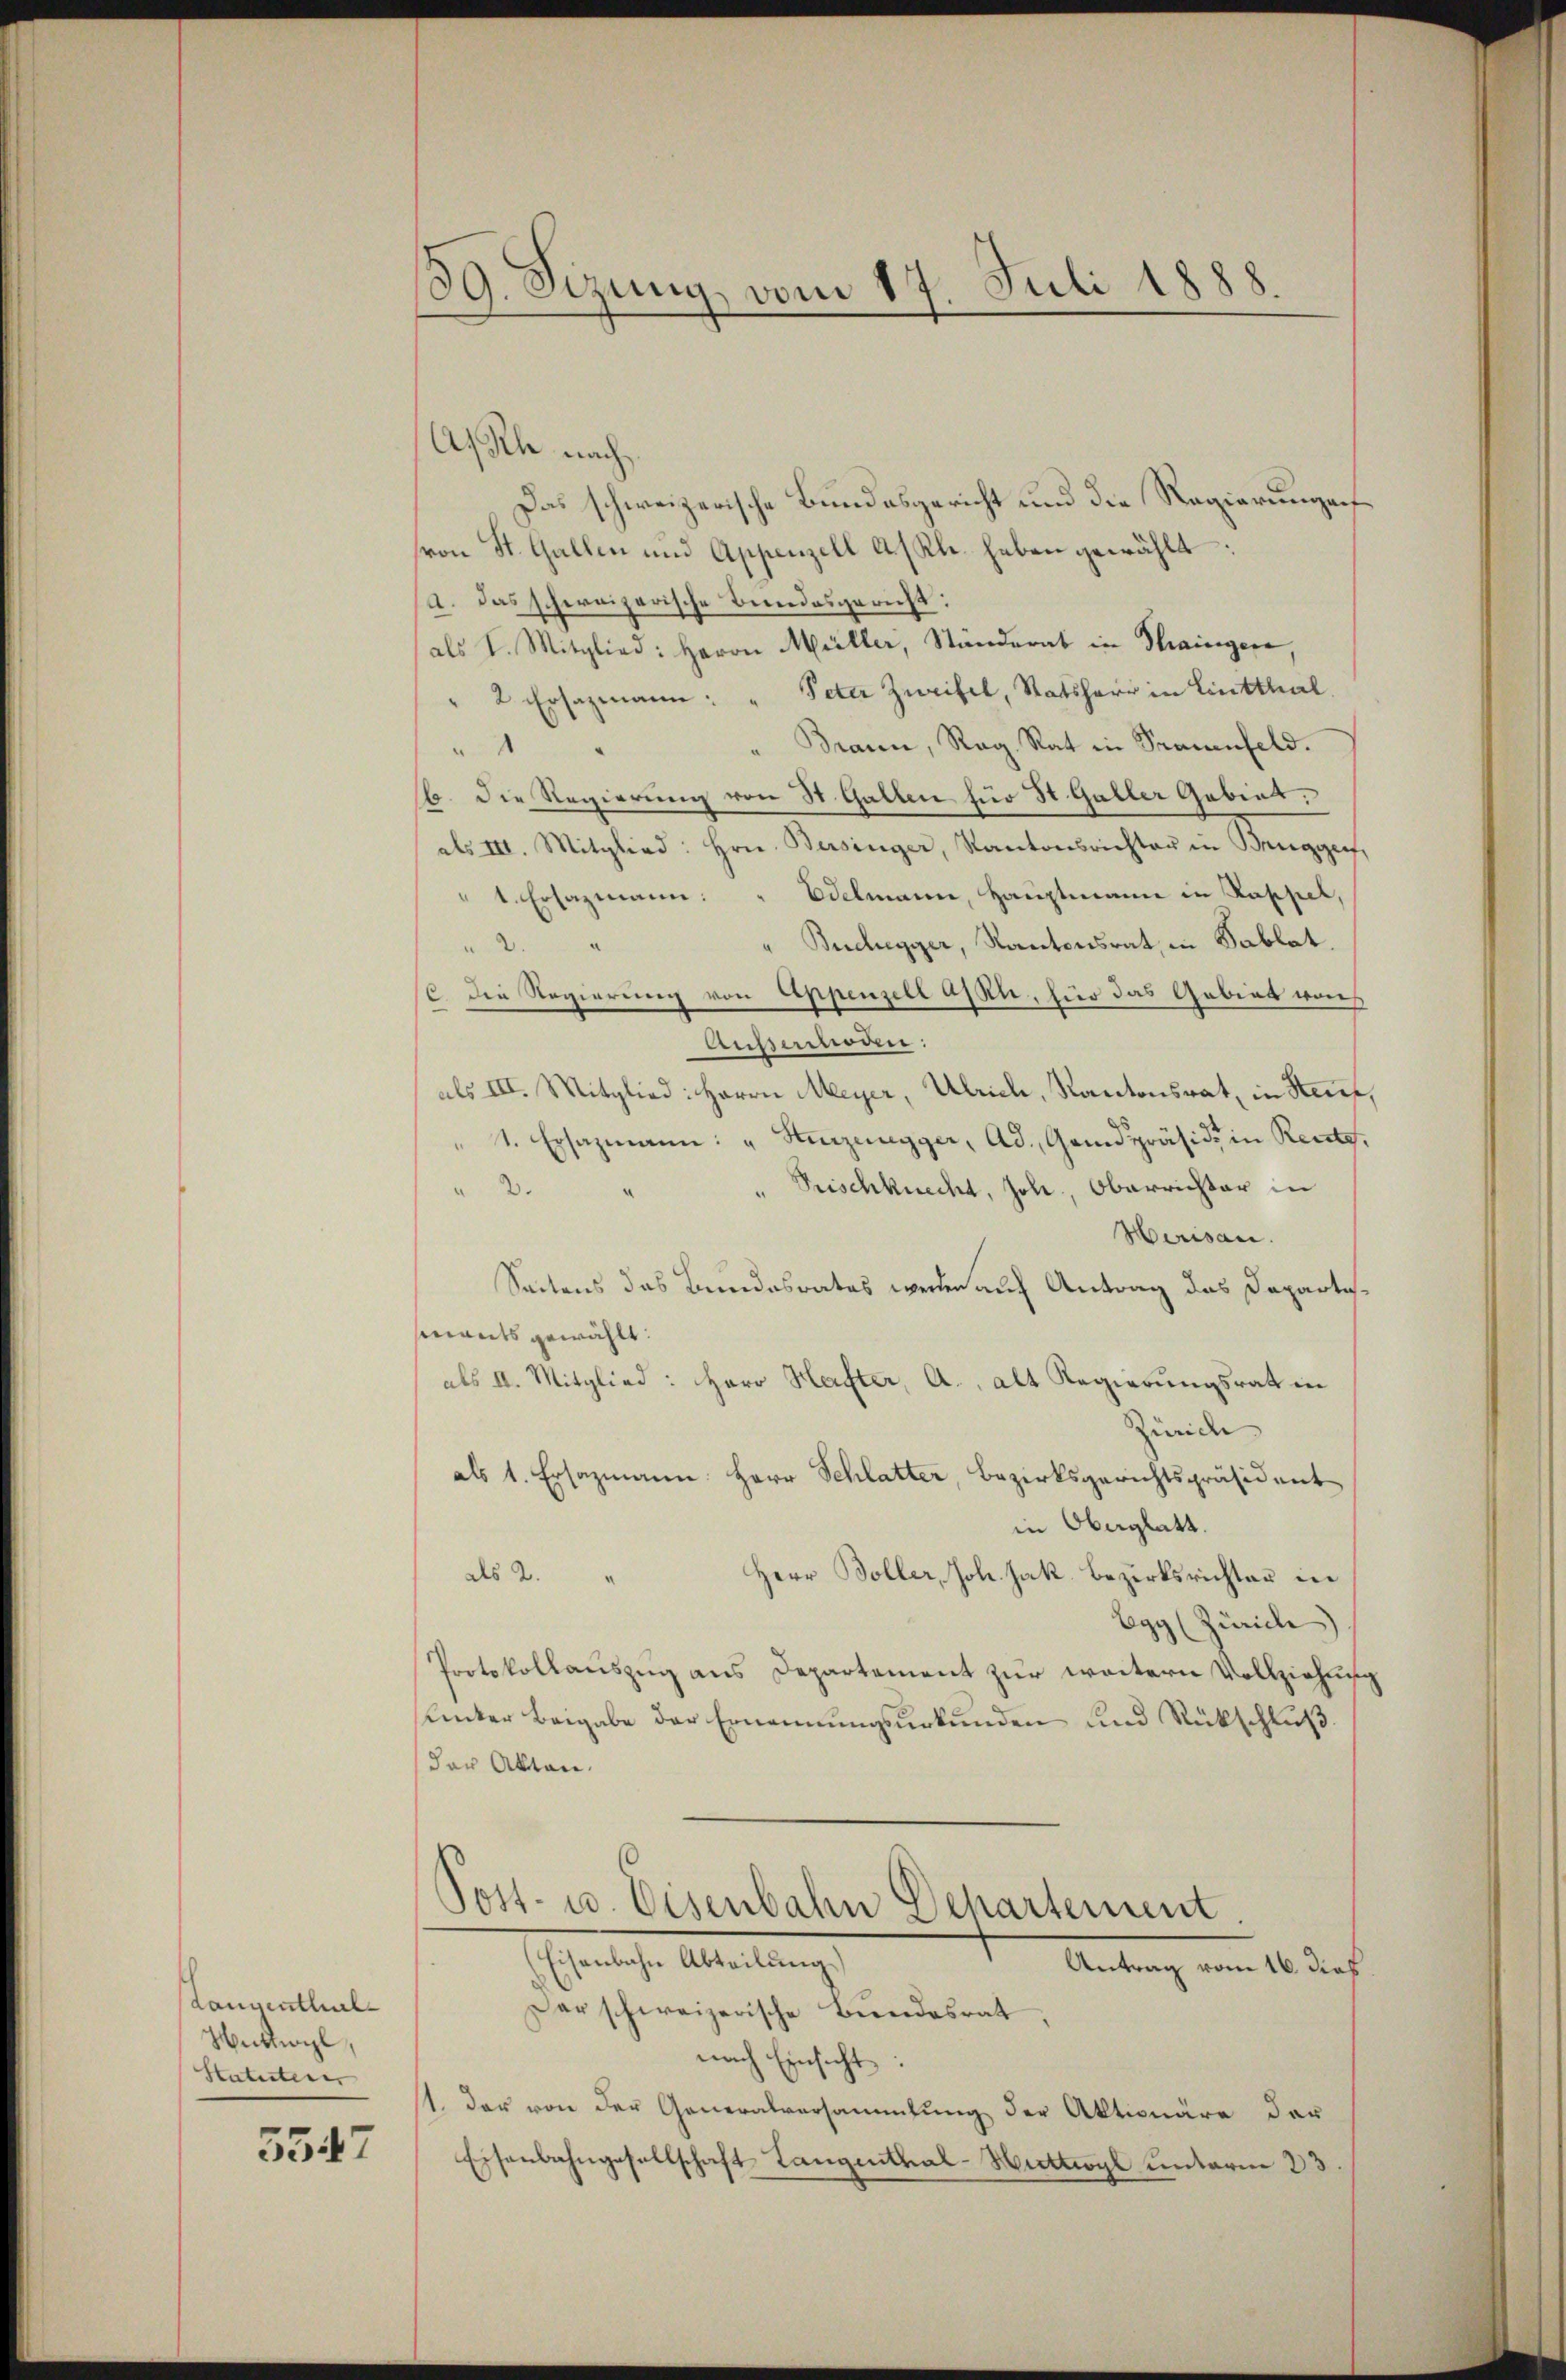
Langenthal
Hutwyl,
Statuten

5547

89. Sizung vom 17. Juli 1888.

Ache nach
Das schweizerische Bundesgericht und die Regierungen
von St. Gallen und Appenzell AsKl. haben gewählt:
/A. das schweizerische Bundesgericht:
(als I. Mitglied: Herrn Müller, Standerat in Straingere,
" 2 Ersazmann: " Peter Zweifel, Statsherr in Lintthal.
" Brann, Reg. Rat in Trauenfeld.
"
(b. Die Regierung von 31. Gallen für St. Galler Gebiet.
als III. Mitglied: hrn. Bersinger, Kantonsrichter in Brugger,
1. Ersazmann: " Edelmann, Hauptmann in Kappel,
a
Buchegger, Kantonsrat, in Sablat.
2.
c. Die Regierung von Appenzell alle, für das Gebiet was
Aussermoden:
als III. Mitglied: Herrn Meyer, Ulrich, Kantonsrat, in Haus,
1. Ersazmann: "Heizungger, Ad. Grundpräsidi in Recto
" Frischknecht, Joh, Oberrichter in
 3.4
Herisau.
Seitens das Bundesrates werden auf Antrag das Departenants gewählt:
als II. Mitglied: Herr Hafter, A., alt Regierungsrath in
Zürich
als 1. Ersazmann Herr Schlatter, Bezirksgerichtspräsident
in Oberglatt.
Herr Boller, Joh. Jak. Bezirksrichten in
als 2.
Egg (Zürich
Protokollauszug aus Departement zur weitern Vollziehung
Unter Beigabe der Ernennungsurkunden und Rückschluß.
der Akten.
Post- u. Eisenbahn Departement.
(Eisenbahn Abteilung)
Antrag vom 16. dies.
Der schweizerische Bundesrat
nach Einsicht:
11. Das von der Generalversammlung der Aktionäre der
Eisenbahngesellschaft Langenthal-Mittwyl unterm 23